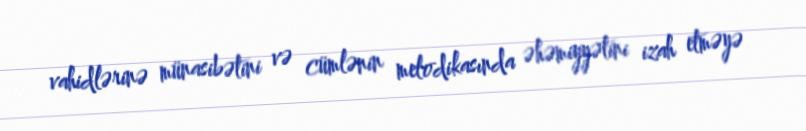
vahidlərinə münasibətini və cümlənin melodikasında əhəmiyyətini izah etməyə